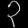
Digit: ၃